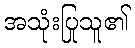
အသုံးပြုသူ၏